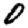
Digit: 0